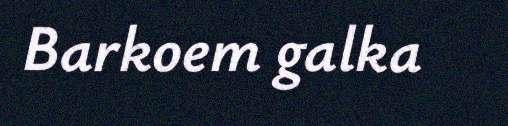
Barkoem galka